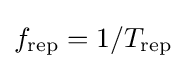
f_{\mathrm {rep} }=1/T_{\mathrm {rep} }